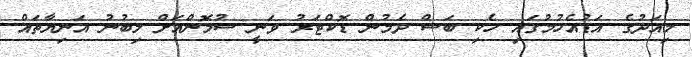
މިއަދުގެ އަޑުއެހުމުގައި ހެކި ބަސް ދެމުން ޑޮކްޓަރު ވަނީ ސުމޮންއަށް ލިބުނު އަނިޔާތައް